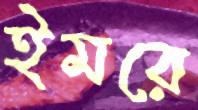
ইমরে